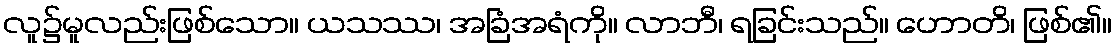
လူ၌မူလည်းဖြစ်သော။ ယသဿ၊ အခြံအရံကို။ လာဘီ၊ ရခြင်းသည်။ ဟောတိ၊ ဖြစ်၏။